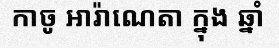
កាចូ អារ៉ាណេតា ក្នុង ឆ្នាំ